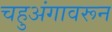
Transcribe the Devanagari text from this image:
चहुअंगावरून